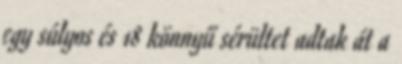
egy súlyos és 18 könnyű sérültet adtak át a